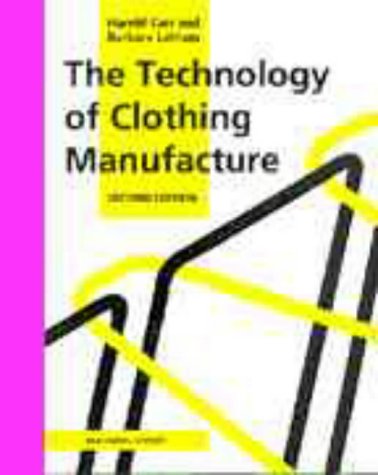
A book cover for The Technology of Clothing Manufacture; Harold Carr; Crafts, Hobbies & Home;